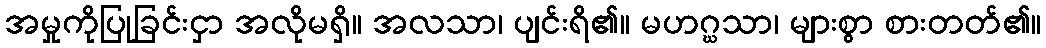
အမှုကိုပြုခြင်းငှာ အလိုမရှိ။ အလသာ၊ ပျင်းရိ၏။ မဟဂ္ဃသာ၊ များစွာ စားတတ်၏။